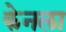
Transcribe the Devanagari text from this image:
केनला